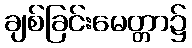
ချစ်ခြင်းမေတ္တာ၌